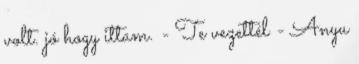
volt. jó hogy ittam. - Te vezettél - Anyu